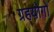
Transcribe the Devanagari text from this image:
ग्रहयोगों